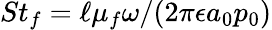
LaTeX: St_{f}=\ell\mu_{f}\omega/(2\pi\epsilon a_{0}p_{0})